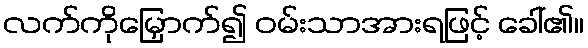
လက်ကိုမြှောက်၍ ဝမ်းသာအားရဖြင့် ခေါ်၏။